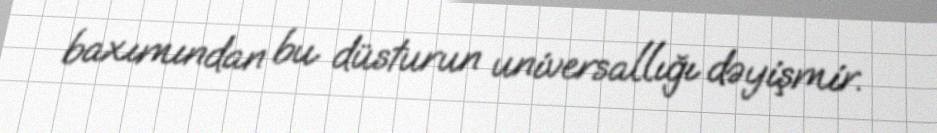
baxımından bu düsturun universallığı dəyişmir.